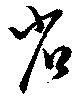
省